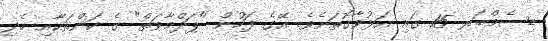
ޑިސެމްބަރ 15 ގައި އަޅުވާގޮތަށެވެ. އޭގެ ފަހުން "ޕަދްމާވަތް" ގެ ކަންތަކާއި ހެދި